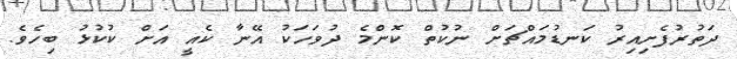
ދަތުރުފެށިއިރު ކަނޑުމައްޗަށް ނުކުތް ކޮންމެ ދުވަހަކު އޭނާ ކެއީ އަށް ކުކުޅު ބިހެވެ.